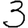
Digit: 3